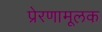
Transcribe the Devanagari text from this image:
प्रेरणामूलक